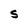
Character: S